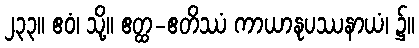
၂၃၃။ ဧဝံ၊ သို့။ ဧတ္ထ-ဧတိဿံ ကာယာနုပဿနာယံ၊ ၌။